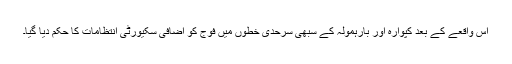
اس واقعے کے بعد کپوارہ اور بارہمولہ کے سبھی سرحدی خطوں میں فوج کو اضافی سکیورٹی انتظامات کا حکم دیا گیا۔